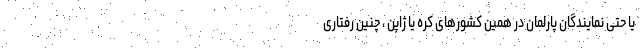
یا حتی نمایندگان پارلمان در همین کشورهای کره یا ژاپن ، چنین رفتاری